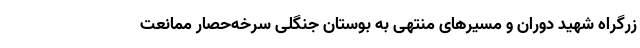
زرگراه شهید دوران و مسیر‌های منتهی به بوستان جنگلی سرخه‌حصار ممانعت